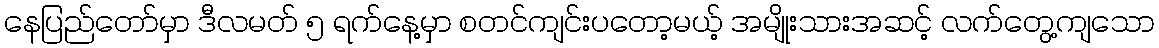
နေပြည်တော်မှာ ဒီလမတ် ၅ ရက်နေ့မှာ စတင်ကျင်းပတော့မယ့် အမျိုးသားအဆင့် လက်တွေ့ကျသော